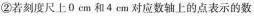
②若刻度尺上0 cm和4 cm对应数轴上的点表示的数